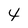
Character: 4